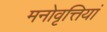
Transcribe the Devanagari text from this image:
मनोवृत्तियां